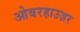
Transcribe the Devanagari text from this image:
ओबरहाउज़र